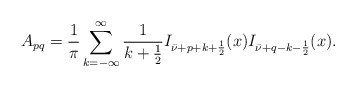
\begin{align*}A_{pq} = \frac 1\pi \sum_{k = -\infty}^\infty \frac 1{k + \frac 12} I_{\bar\nu + p + k + \frac 12 }(x) I_{\bar\nu + q - k - \frac 12 }(x).\end{align*}